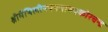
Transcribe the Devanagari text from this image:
श्रीमैथिलीनयनचारुचकोरचन्द्र